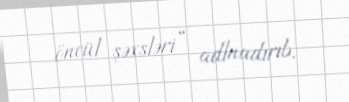
öncül şəxsləri” adlnadırıb.